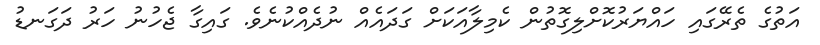
އަތުގެ ތެރޭގައި ހައްޔަރުކޮށްލިގޮތުން ކެމިލާއަކަށް ގަދައެއް ނުދެއްކުނެވެ. ގައިގާ ޖެހުނު ހަރު ދަގަނޑު